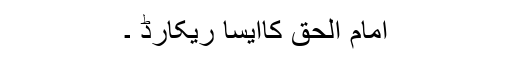
امام الحق کاایسا ریکارڈ ۔